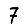
Digit: 7